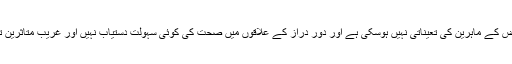
ان کے مطابق وہاں بچوں اور خواتین کے امراض کے ماہرین کی تعیناتی نہیں ہوسکی ہے اور دور دراز کے علاقوں میں صحت کی کوئی سہولت دستیاب نہیں اور غریب متاثرین تحصیل اور ضلعی ہپستال تک پہنچ نہیں سکتے۔